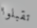
تقبلوا